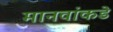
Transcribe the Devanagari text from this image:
मानवांकडे